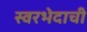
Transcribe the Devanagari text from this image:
स्वरभेदाची